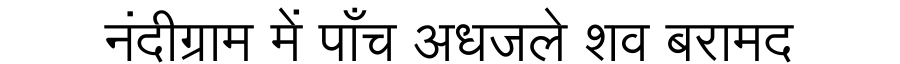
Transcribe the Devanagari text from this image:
नंदीग्राम में पाँच अधजले शव बरामद